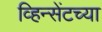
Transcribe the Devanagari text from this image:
व्हिन्सेंटच्या